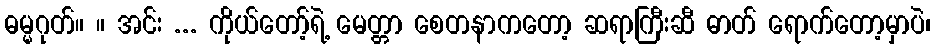
ဓမ္မဂုတ်။ ။ အင်း ... ကိုယ်တော့်ရဲ့ မေတ္တာ စေတနာကတော့ ဆရာကြီးဆီ ဓာတ် ရောက်တော့မှာပဲ၊